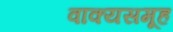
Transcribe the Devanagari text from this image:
वाक्यसमूह